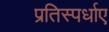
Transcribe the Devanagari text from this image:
प्रतिस्पर्धाए